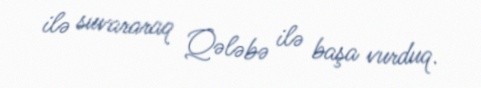
ilə suvararaq Qələbə ilə başa vurduq.